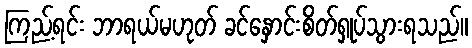
ကြည့်ရင်း ဘာရယ်မဟုတ် ခင်နှောင်းစိတ်ရှုပ်သွားရသည်။